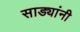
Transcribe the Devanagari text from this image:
साड्यांनी